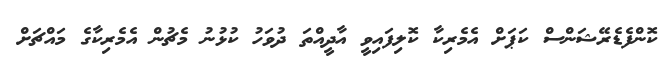
ކޮންފެޑެރޭޝަންސް ކަޕަށް އެމެރިކާ ކޮލިފައިވީ އާދީއްތަ ދުވަހު ކުޅުނު މެޗުން އެމެރިކާގެ މައްޗަށް